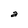
Character: a